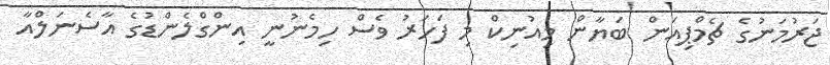
ޖަރުމަނުގެ ޗެމްޕިއަން ބަޔާން މިއުނިކް މި ފަހަރު ވެސް ހިމެނުނީ އިންގްލެންޑުގެ އާސެނަލްއާ